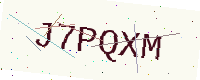
Text: J7PQXM